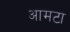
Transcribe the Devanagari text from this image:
आमटा